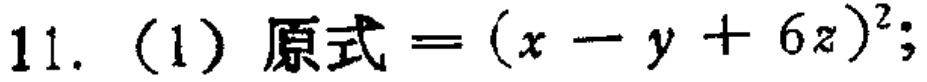
11. (1) 原式\(=(x - y + 6z)^2\);